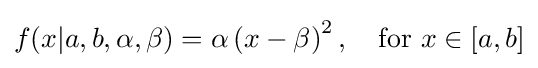
f(x|a,b,\alpha ,\beta )=\alpha \left(x-\beta \right)^{2},\quad {\text{for }}x\in [a,b]